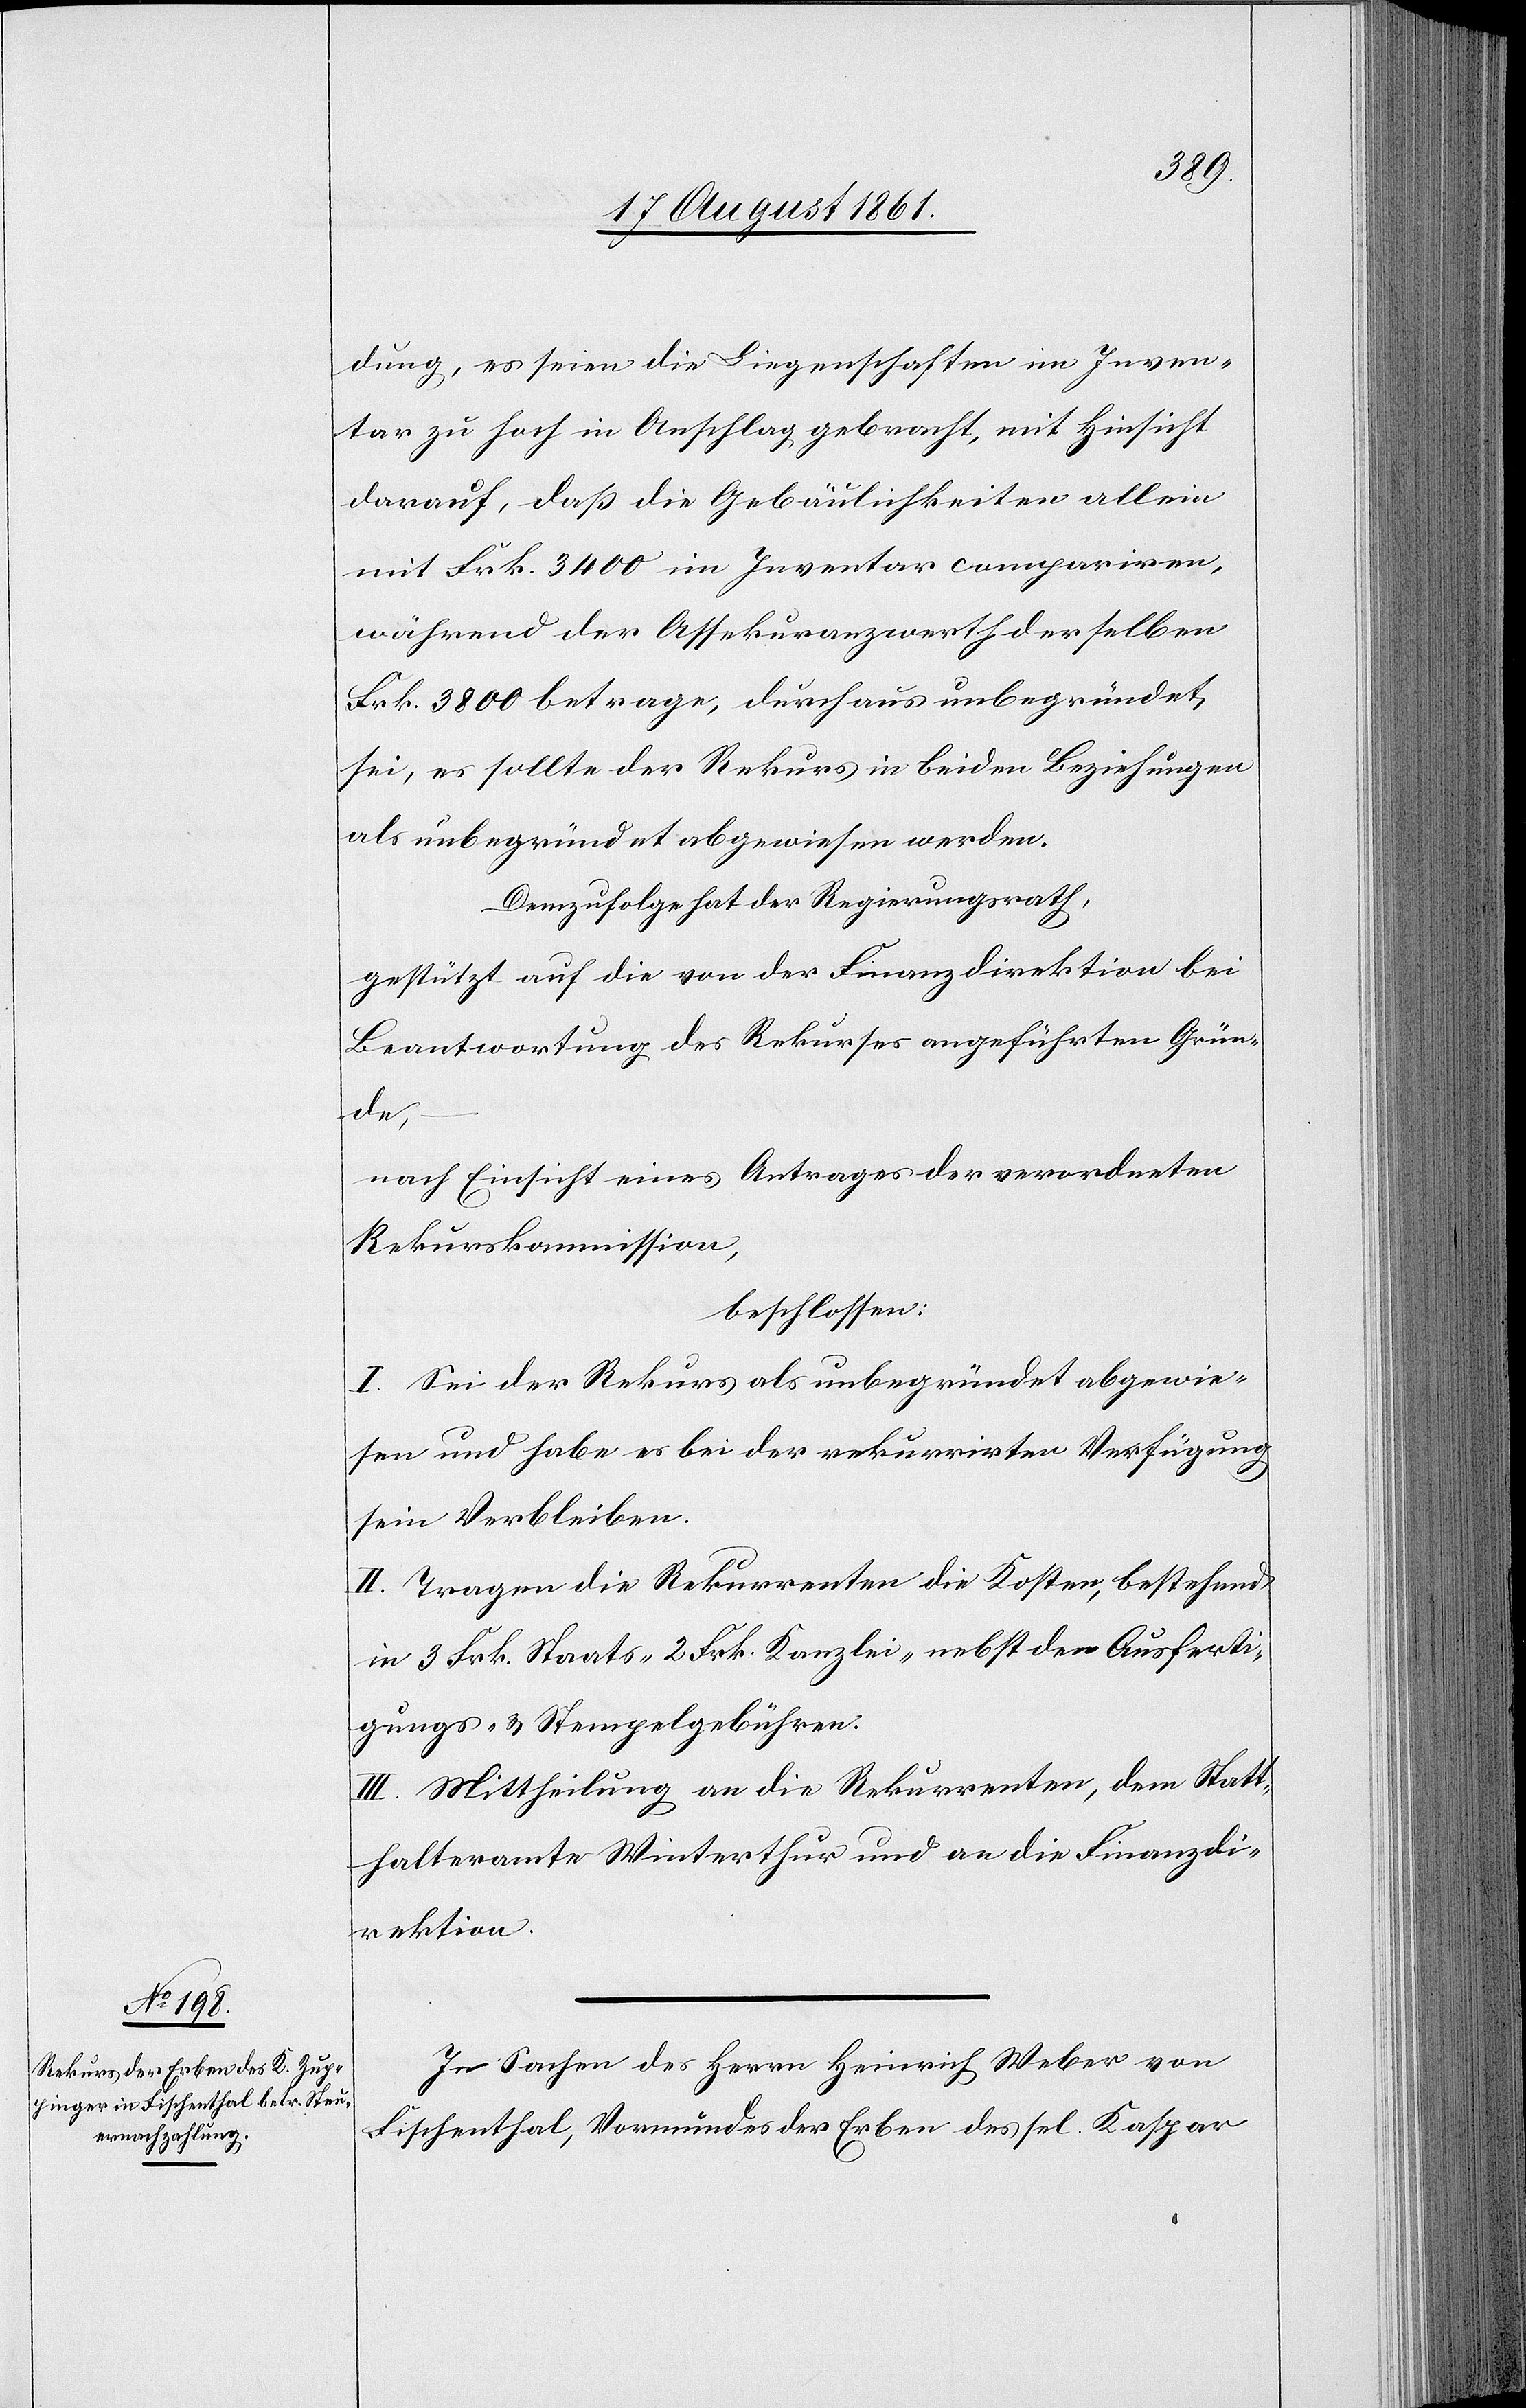
dung, es seien die Liegenschaften im Inven¬
tar zu hoch in Anschlag gebracht, mit Hinsicht
darauf, daß die Gebäulichkeiten allein
mit Frk. 3400 im Inventar compariren,
während der Assekuranzwerth derselben
Frk. 3800 betrage, durchaus unbegründet
sei, es sollte der Rekurs in beiden Beziehungen
als unbegründet abgewiesen werden.
Demzufolge hat der Regierungsrath,
gestützt auf die von der Finanzdirektion bei
Beantwortung des Rekurses angeführten Grün¬
de,
nach Einsicht eines Antrages der verordneten
Rekurskommission,
beschlossen:
I. Sei der Rekurs als unbegründet abgewie¬
sen und habe es bei der rekurrirten Verfügung
sein Verbleiben.
II. Tragen die Rekurrenten die Kosten, bestehend
in 3 Frk. Staats- 2 Frk. Kanzlei- nebst der Ausferti¬
gungs- u. Stempelgebühren.
III. Mittheilung an die Rekurrenten, dem Statt¬
halteramte Winterthur und an die Finanzdi¬
rektion.
In Sachen des Herrn Heinrich Weber von
Fischenthal, Vormundes der Erben des sel. Kaspar